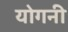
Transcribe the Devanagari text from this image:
योगनी